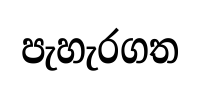
පැහැරගත